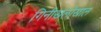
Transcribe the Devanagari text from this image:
गिनीखलोखाल